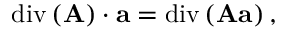
\mathrm { d i v } \left( \mathbf { A } \right) \cdot \mathbf { a } = \mathrm { d i v } \left( \mathbf { A } \mathbf { a } \right) ,